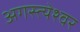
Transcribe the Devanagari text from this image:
अगस्त्येश्वर